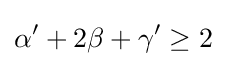
\alpha '+2\beta +\gamma '\geq 2